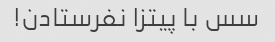
سس با پیتزا نفرستادن!